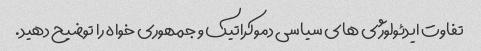
تفاوت ایدئولوژی های سیاسی دموکراتیک و جمهوری خواه را توضیح دهید.